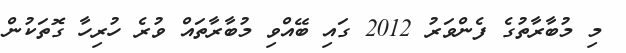
މި މުބާރާތުގެ ފެންވަރު 2012 ގައި ބޭއްވި މުބާރާތައް ވުރެ ހުރިހާ ގޮތަކުން